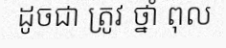
ដូចជា ត្រូវ ថ្នាំ ពុល